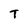
Character: T